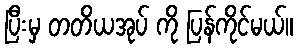
ပြီးမှ တတိယအုပ် ကို ပြန်ကိုင်မယ်။